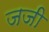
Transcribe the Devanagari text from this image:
जजी